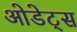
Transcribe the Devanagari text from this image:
ओडेट्स